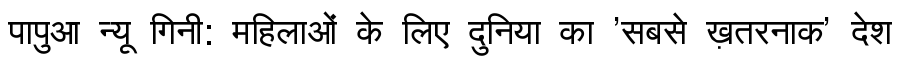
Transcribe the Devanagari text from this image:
पापुआ न्यू गिनी: महिलाओं के लिए दुनिया का 'सबसे ख़तरनाक' देश